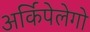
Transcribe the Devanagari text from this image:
अर्किपेलेगो